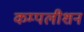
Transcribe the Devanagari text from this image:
कम्पलीशन